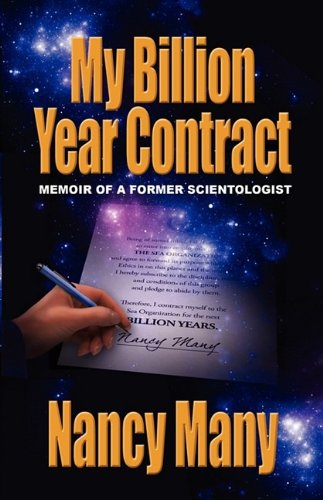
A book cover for My Billion Year Contract: Memoir of a Former Scientologist; Nancy Many; Religion & Spirituality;